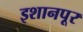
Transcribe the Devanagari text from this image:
इशानपूर